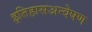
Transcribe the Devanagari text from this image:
इतिहासअन्वेषण